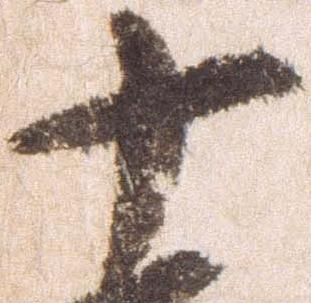
十